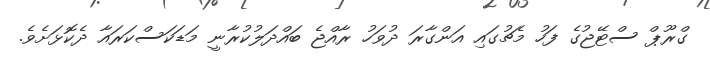
ގްރޫޕް ސްޓޭޖުގެ ފަހު މެޗުގައި އަންގާރަ ދުވަހު ރާއްޖެ ބައްދަލުކުރާނީ މަޑަކަސްކަރައާ ދެކޮޅަށެވެ.